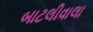
બાટલીવાલા